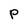
Character: P